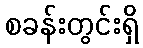
စခန်းတွင်းရှိ